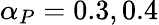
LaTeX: \alpha_{P}=0.3,0.4